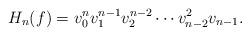
LaTeX: \begin{align*}H_n(f)= v_0^n v_1^{n-1} v_2^{n-2} \cdots v_{n-2}^2 v_{n-1}. \end{align*}